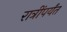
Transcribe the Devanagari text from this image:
रात्रींपर्यंत